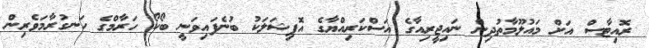
ރޮއިޓާސް އަށް މައުލޫމާތުދިން ނައިޖީރިއާގެ އަސްކަރިއްޔާގެ އޮފިޝަލަކު ބުނެފައިވަނީ ބޯކޯ ހަރާމްގެ ހަނގުރާމަވެރިން